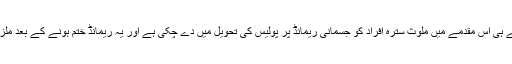
انسداد دہشت گردی کی خصوصی عدالت پہلے ہی اس مقدمے میں ملوث سترہ افراد کو جسمانی ریمانڈ پر پولیس کی تحویل میں دے چکی ہے اور یہ ریمانڈ ختم ہونے کے بعد ملزموں کو دوبارہ عدالت میں پیش کیا جائے گا۔